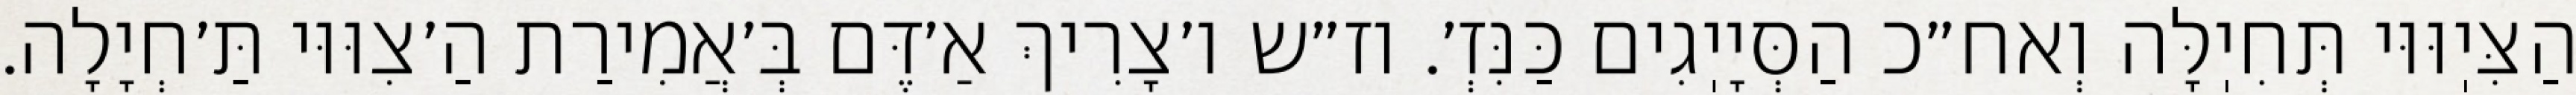
הַצִּיֽוּוּי תְּחִיֽלָּה וְאח״כ הַסְּיָיֽגִים כַּנִּזְ׳. וז״ש ו׳צָרִיךְ אַ׳דֶּם בְּ׳אֲמִירַת הַ׳צִוּוּי תַּ׳חְיָלָה.